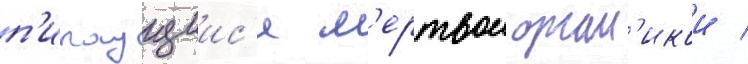
п'итаущиис'я м'ертвои орган'икои /